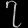
Digit: ၇